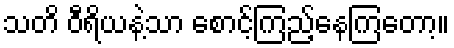
သတိ ဝီရိယနဲ့သာ စောင့်ကြည့်နေကြတော့။